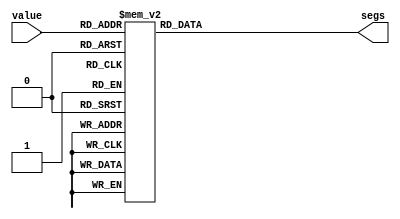
/*
   This file was generated automatically by Alchitry Labs version 1.2.1.
   Do not edit this file directly. Instead edit the original Lucid source.
   This is a temporary file and any changes made to it will be destroyed.
*/

module lut_6 (
    input [4:0] value,
    output reg [7:0] segs
  );
  
  
  
  always @* begin
    
    case (value)
      1'h0: begin
        segs = 8'h77;
      end
      1'h1: begin
        segs = 8'h7c;
      end
      2'h2: begin
        segs = 8'h5c;
      end
      2'h3: begin
        segs = 8'hf7;
      end
      3'h4: begin
        segs = 8'h6d;
      end
      3'h5: begin
        segs = 8'h76;
      end
      3'h6: begin
        segs = 8'h5e;
      end
      3'h7: begin
        segs = 8'hfc;
      end
      4'h8: begin
        segs = 8'h54;
      end
      4'h9: begin
        segs = 8'h38;
      end
      4'ha: begin
        segs = 8'hed;
      end
      4'hb: begin
        segs = 8'h50;
      end
      4'hc: begin
        segs = 8'hd0;
      end
      4'hd: begin
        segs = 8'hb9;
      end
      4'he: begin
        segs = 8'h79;
      end
      4'hf: begin
        segs = 8'hb8;
      end
      5'h10: begin
        segs = 8'h00;
      end
      5'h11: begin
        segs = 8'h71;
      end
      5'h12: begin
        segs = 8'h3e;
      end
      5'h13: begin
        segs = 8'h73;
      end
      5'h14: begin
        segs = 8'h3f;
      end
      5'h15: begin
        segs = 8'h06;
      end
      5'h16: begin
        segs = 8'h5b;
      end
      5'h17: begin
        segs = 8'h4f;
      end
      5'h18: begin
        segs = 8'h66;
      end
      5'h19: begin
        segs = 8'h6d;
      end
      5'h1a: begin
        segs = 8'h7d;
      end
      5'h1b: begin
        segs = 8'h07;
      end
      5'h1c: begin
        segs = 8'h7f;
      end
      5'h1d: begin
        segs = 8'h6f;
      end
      default: begin
        segs = 8'h00;
      end
    endcase
  end
endmodule